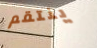
ينتقم